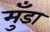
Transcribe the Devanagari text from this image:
मुँडा